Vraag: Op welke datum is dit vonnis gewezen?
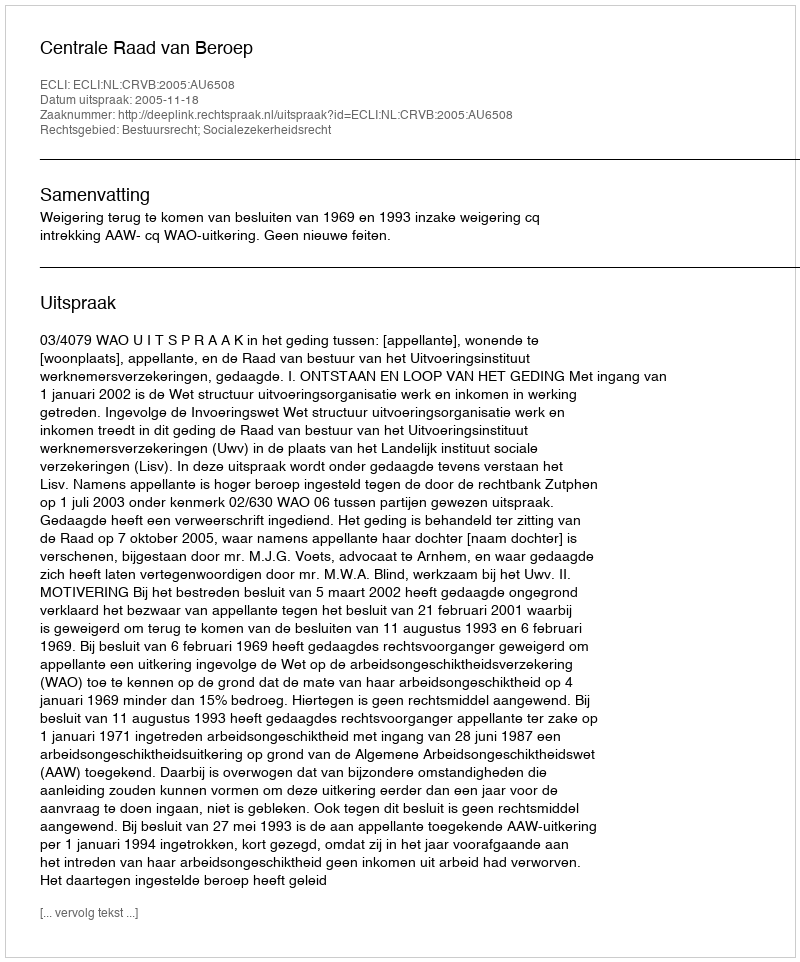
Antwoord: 2005-11-18